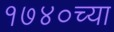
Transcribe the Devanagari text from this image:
१७४०च्या